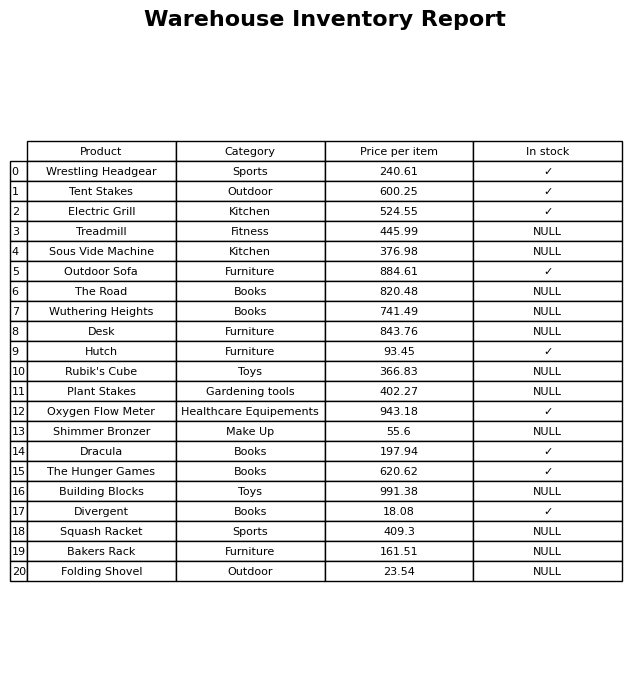
question: Which products are currently out of stock?
answer: Treadmill, Sous Vide Machine, The Road, Wuthering Heights, Desk, Rubik's Cube, Plant Stakes, Shimmer Bronzer, Building Blocks, Squash Racket, Bakers Rack, Folding Shovel